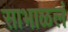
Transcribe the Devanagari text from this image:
साभाळलं